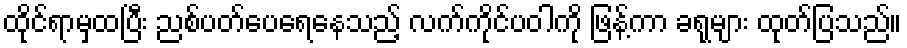
ထိုင်ရာမှထပြီး ညစ်ပတ်ပေရေနေသည့် လက်ကိုင်ပဝါကို ဖြန့်ကာ ခရုများ ထုတ်ပြသည်။